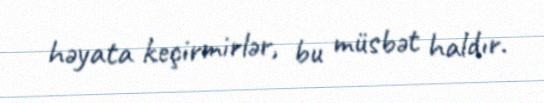
həyata keçirmirlər, bu müsbət haldır.